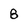
Character: 8